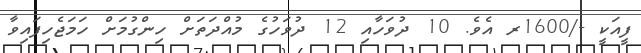
ފީއަކީ -/1600ރ އެވެ. 10 ދުވަހާއި 12 ދުވަހުގެ މުއްދަތަށް ހިންގުމަށް ހަމަޖެހިފައިވާ